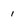
Character: i